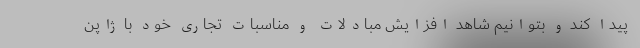
پیدا کند و بتوانیم شاهد افزایش مبادلات و مناسبات تجاری خود با ژاپن